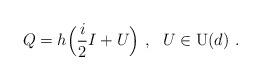
LaTeX: \begin{align*}Q=h\Big(\frac{i}{2}I+U\Big) \ , \ \ U\in {\rm U}(d) \ .\end{align*}